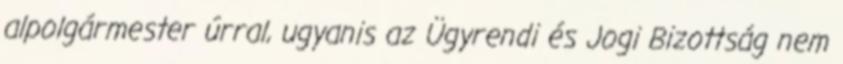
alpolgármester úrral, ugyanis az Ügyrendi és Jogi Bizottság nem